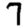
Digit: 7